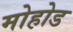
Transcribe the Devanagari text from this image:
मोहोड